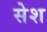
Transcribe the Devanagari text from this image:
सेश